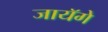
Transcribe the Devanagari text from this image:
जायॅगे